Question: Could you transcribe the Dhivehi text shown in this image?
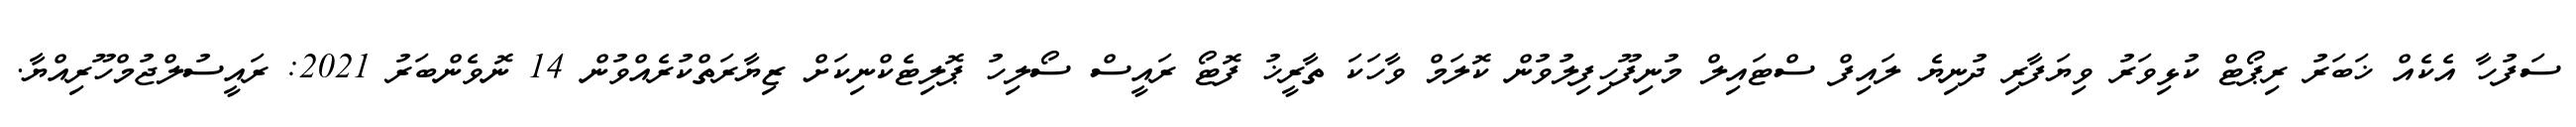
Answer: ސަފުހާ އެކެއް ޚަބަރު ރިޕޯޓް ކުޅިވަރު ވިޔަފާރި ދުނިޔެ ލައިފް ސްޓައިލް މުނިފޫހިފިލުވުން ކޮލަމް ވާހަކަ ތާރީޚު ފޮޓޯ ރައީސް ސޯލިހު ޕޮލިޓެކްނިކަށް ޒިޔާރަތްކުރެއްވުން 14 ނޮވެންބަރު 2021: ރައީސުލްޖުމްހޫރިއްޔާ.